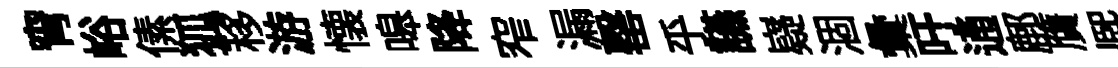
宵峪傃狐移游懐嗥降窄漏罄乎讌嶷涸彙吁通鄜贋熈